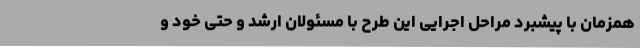
همزمان با پیشبرد مراحل اجرایی این طرح با مسئولان ارشد و حتی خود و